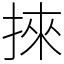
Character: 𢯦